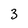
Character: 3